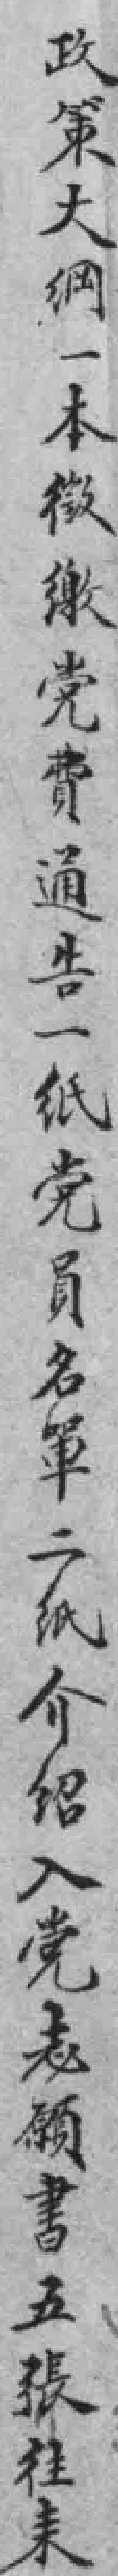
政策大綱一本徵缴党費通告一纸党員名單二纸介绍入党志願書五張徃来